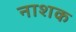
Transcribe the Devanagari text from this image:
नाश्‍ाक